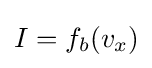
I={f_{b}}({v_{x}})